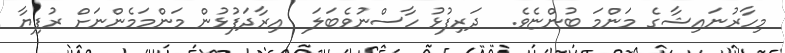
މިހާރުނައިޝާގެ މަންމަ ބުންޏެވެ.  ދަރިފުޅު ހާސްނުވެބަލަ  އިރާދަފުޅުން މަންމަމެންނަށް ރުފިޔާ